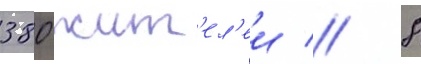
380 жит'ел'еи // 8